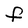
Character: F